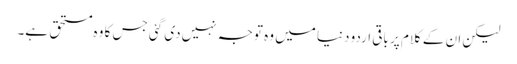
لیکن ان کے کلام پر باقی اردو دنیا میں وہ توجہ نہیں دی گئی جس کا وہ مستحق ہے۔